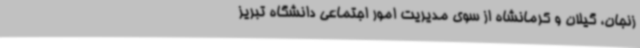
زنجان، گیلان و کرمانشاه از سوی مدیریت امور اجتماعی دانشگاه تبریز